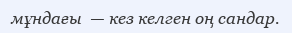
мұндағы  — кез келген оң сандар.